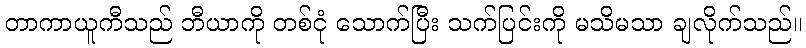
တာကာယူကီသည် ဘီယာကို တစ်ငုံ သောက်ပြီး သက်ပြင်းကို မသိမသာ ချလိုက်သည်။